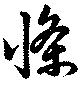
條